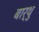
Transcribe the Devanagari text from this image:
बार्थु